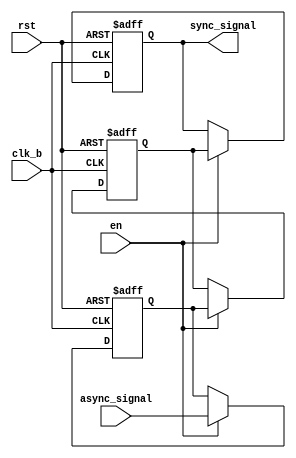
module async_signal_synchronizer (
    input wire async_signal,      // Input from the source clock domain (clk_a)
    input wire clk_b,            // Destination clock (clk_b)
    input wire rst,              // Reset input (optional)
    input wire en,               // Enable input (optional)
    output reg sync_signal        // Synchronized output signal
);

    // Internal signals for synchronization
    reg dff1, dff2;

    // Synchronization logic
    always @(posedge clk_b or posedge rst) begin
        if (rst) begin
            // Reset condition
            dff1 <= 1'b0;       // Reset the first DFF
            dff2 <= 1'b0;       // Reset the second DFF
            sync_signal <= 1'b0; // Output reset
        end else if (en) begin
            // First stage DFF synchronization
            dff1 <= async_signal; // Sample async_signal on clk_b
            // Second stage DFF synchronization
            dff2 <= dff1;         // Sample dff1 on clk_b
            // Output synchronized signal
            sync_signal <= dff2;  // Final output
        end
    end

endmodule